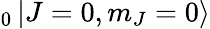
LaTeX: _{0}\mathinner{|{J=0,m_{J}=0}\rangle}